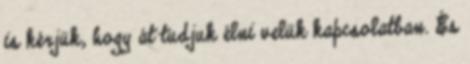
is kérjük, hogy át tudjuk élni velük kapcsolatban. És